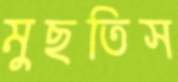
মুছতিস